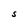
Character: S